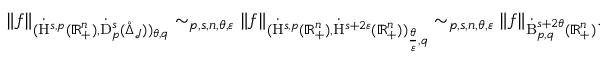
\begin{array} { r } { \lVert f \rVert _ { ( \dot { \mathrm { H } } ^ { s , p } ( \mathbb { R } _ { + } ^ { n } ) , \dot { \mathrm { D } } _ { p } ^ { s } ( \mathring { \Delta } _ { \mathcal { J } } ) ) _ { \theta , q } } \sim _ { p , s , n , \theta , \varepsilon } \lVert f \rVert _ { ( \dot { \mathrm { H } } ^ { s , p } ( \mathbb { R } _ { + } ^ { n } ) , \dot { \mathrm { H } } ^ { s + 2 \varepsilon } ( \mathbb { R } _ { + } ^ { n } ) ) _ { \frac { \theta } { \varepsilon } , q } } \sim _ { p , s , n , \theta , \varepsilon } \lVert f \rVert _ { \dot { \mathrm { B } } _ { p , q } ^ { s + 2 \theta } ( \mathbb { R } _ { + } ^ { n } ) } \mathrm { . ~ } } \end{array}